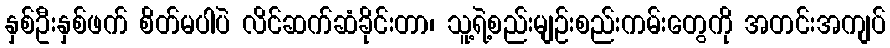
နှစ်ဦးနှစ်ဖက် စိတ်မပါပဲ လိင်ဆက်ဆံခိုင်းတာ၊ သူ့ရဲ့စည်းမျဉ်းစည်းကမ်းတွေကို အတင်းအကျပ်